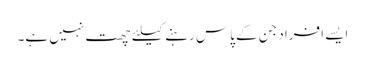
ایسے افراد جن کے پاس رہنے کیلئے چھت نہیں ہے۔